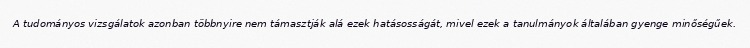
A tudományos vizsgálatok azonban többnyire nem támasztják alá ezek hatásosságát, mivel ezek a tanulmányok általában gyenge minőségűek.